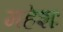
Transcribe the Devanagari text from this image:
महेशः